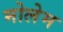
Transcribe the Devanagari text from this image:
मोलेम